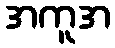
အကူအ